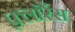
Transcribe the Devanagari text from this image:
फ़्लॉरेंस